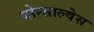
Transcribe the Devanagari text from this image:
गोन्साल्वेस